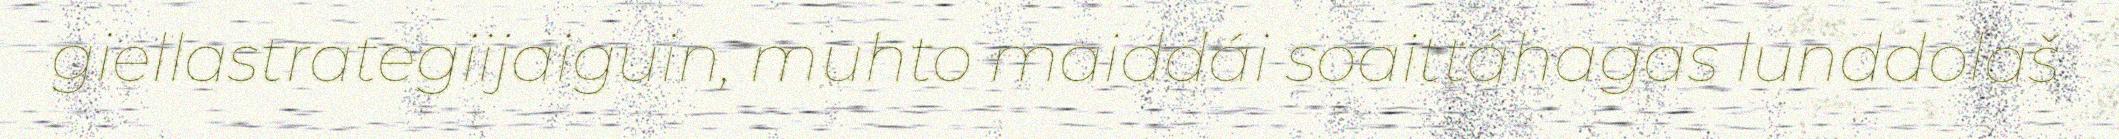
giellastrategiijaiguin, muhto maiddái soaittáhagas lunddolaš